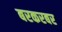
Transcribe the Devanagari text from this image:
बरकरबर